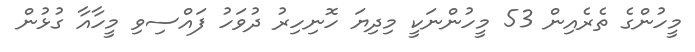
މީހުންގެ ތެރެއިން 53 މީހުންނަކީ މިދިޔަ ހޮނިހިރު ދުވަހު ފައްސިވި މީހާއާ ގުޅުން